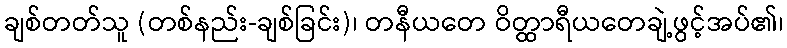
ချစ်တတ်သူ (တစ်နည်း-ချစ်ခြင်း)၊ တနီယတေ ဝိတ္ထာရီယတေချဲ့ဖွင့်အပ်၏၊